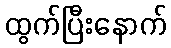
ထွက်ပြီးနောက်